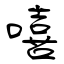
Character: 嘻